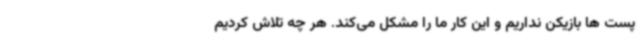
پست ها بازیکن نداریم و این کار ما را مشکل می‌کند. هر چه تلاش کردیم